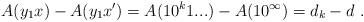
LaTeX: \begin{align*}A(y_1x) - A(y_1x') = A(10^k1...) - A(10^\infty) = d_k - d \ .\end{align*}